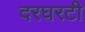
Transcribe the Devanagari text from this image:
दरघरटी